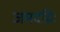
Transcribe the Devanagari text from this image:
जमदग्निः